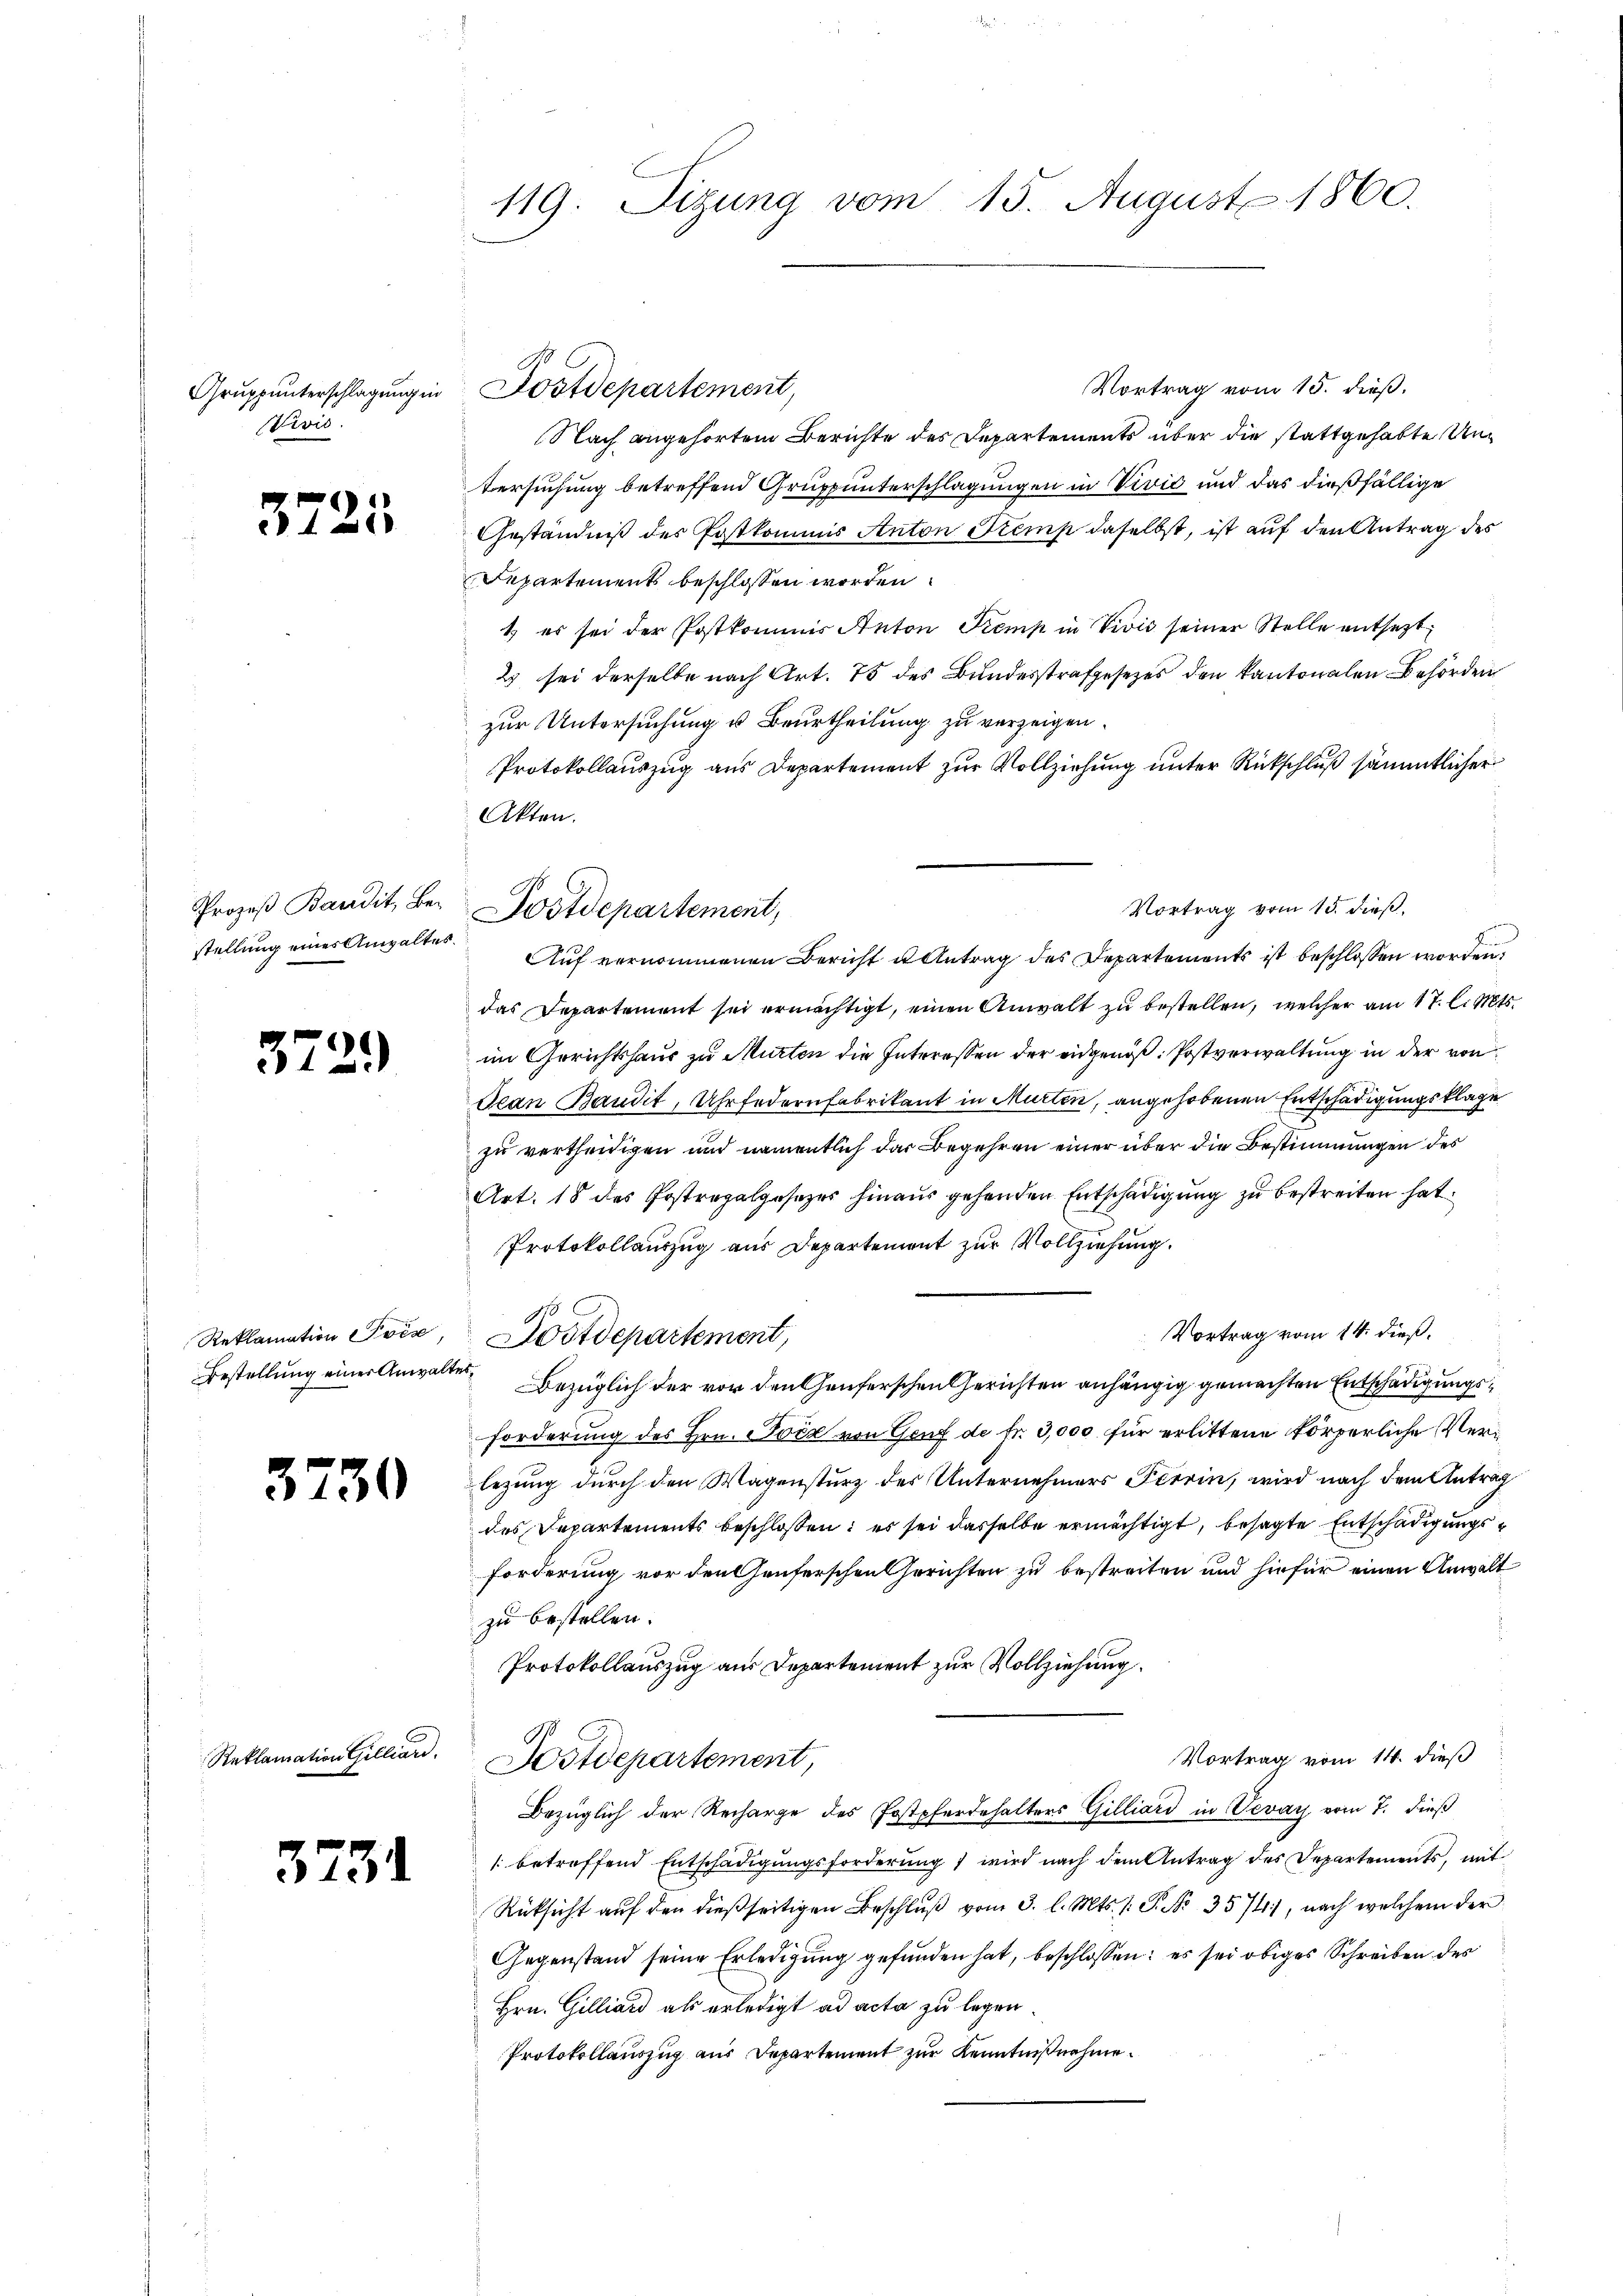
Gruppinterschlagung in
Divis.

3725

stellung eines Anwaltes.

3729

3730

Reklamation Gilliar.

3231

119. Sizung vom 15. August 1860.

Vortrag vom 15. dieß.
Nach angehörtem Berichte des Departements über die stattgehabte Untersuchung betreffend Gruppunterschlagungen in Vivić und das dießfällige
Geständniß des Postkommis Anton Stemp daselbst, ist auf den Antrag des
Departement beschlossen worden.
1. es sei der Postkommnis Anton Temp in Vivis seiner Stelle entsetzt
2 sei derselbe nach Art. 75 des Bundesstrafgesezes den kantonalen Behörden
zur Untersuchung u. Beurtheilung zu verzeigen.
Protokollauszug aus Departement zur Vollziehung unter Rückschluß sämmtlicher
Akten.
Prozeß Baudit, Bei Postdepartement,
Auf vernommenen Bericht u Antrag des Departements ist beschlossen worden,
das Departement sei ermächtigt, einen Anwalt zu bestellen, welcher am 17. l. Mts.
im Gerichtshaus zu Murten die Interessen der eidgenöß: Postverwaltung in der von
Jean Baudit, Uhr federnfabrikant in Murten, angehobenen Entschädigungsklage
zu vertheidigen und namentlich das Begehren einer über die Bestimmungen des
Art. 18 des Postrepalgesezes hinaus gehenden Entschädigung zu bestreiten hat.
Protokollauszug aus Departement zur Vollziehung.
Vortrag vom 14. dieß,
Reklamation Pois, Postdepartement,
7 geren an
Bestellung einer Anwalter Bezüglich der vor den Genferschen Gerichten anhängig gemachten Entschädigungsforderung des Hrn. Die von Genf de fr. 3,000 für erlittene körperliche Verlezung durch den Wagensturz des Unternehmers Pierin, wird nach dem Antrag
des Departements beschlossen: es sei dasselbe ermächtigt, besagte Entschädigungsforderung vor den Genferschen Gerichten zu bestreiten und hiefür einen Anwalt
zu bestellen.
Protokollauszug aus Departement zur Vollziehung.
Vortrag vom 14. dieß
Postdepartement,
Bezüglich der Recharge des Postpferdehalters Gilliard in Vevey vom 7. dieß
/. betreffend Entschädigungsforderung 1 wird nach dem Antrag des Departements, mit
Rüksicht aŭf den dießseitigen Beschlŭβ vom 3. l. Mts. f. P. Nr. 3574), nach welchem der
Gegenstand seine Erledigung gefunden hat, beschlossen: es sei obiges Schreiben des
Hrn. Gilliard als erledigt ad acta zu legen.
Protokollauszug aus Departement zur Kenntnißnahme.

Postdepartement,

Vortrag vom 15. dieß,